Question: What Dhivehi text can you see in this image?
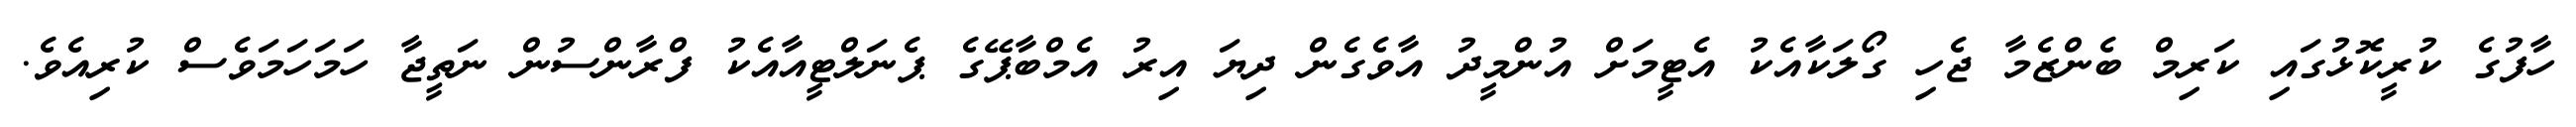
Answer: ހާފުގެ ކުރީކޮޅުގައި ކަރިމް ބެންޒެމާ ޖެހި ގޯލަކާއެކު އެޓީމަށް އުންމީދު އާވެގެން ދިޔަ އިރު އެމްބާޕޭގެ ޕެނަލްޓީއާއެކު ފްރާންސުން ނަތީޖާ ހަމަހަމަވެސް ކުރިއެވެ.